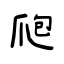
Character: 爮